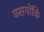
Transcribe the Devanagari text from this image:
क्सयोंकि